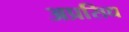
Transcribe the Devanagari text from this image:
अप्रसिध